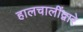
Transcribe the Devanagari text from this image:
हालचालींद्वारे